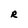
Character: R